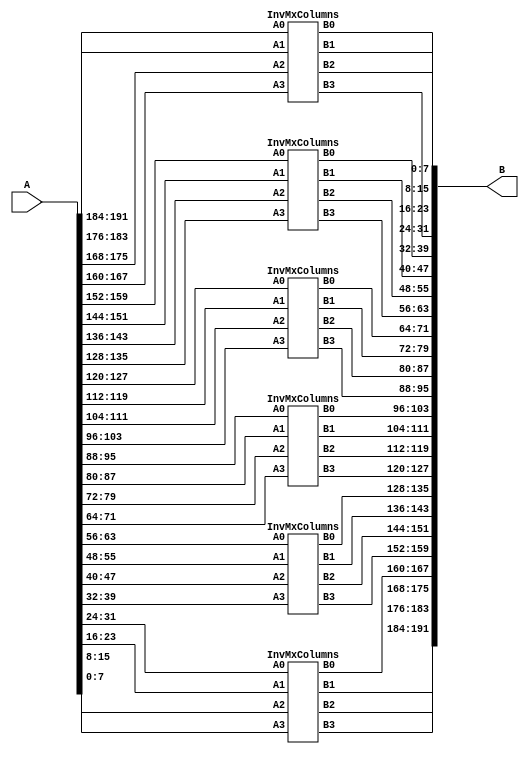
module InvMixColumns_192(A,B);

input [191:0]A;
output [191:0]B;
// Split the 192-bit input into six 32-bit segments
wire [31:0] input_wires[5:0];
assign input_wires[0] = A[191:160];
assign input_wires[1] = A[159:128];
assign input_wires[2] = A[127:96];
assign input_wires[3] = A[95:64];
assign input_wires[4] = A[63:32];
assign input_wires[5] = A[31:0];

// Outputs for each MixColumns instance
wire [31:0] output_wires[5:0];

// Instantiate the MixColumns module six times
InvMxColumns mix0(input_wires[0][31:24], input_wires[0][23:16], input_wires[0][15:8], input_wires[0][7:0],
                       output_wires[0][7:0], output_wires[0][15:8], output_wires[0][23:16], output_wires[0][31:24]);


InvMxColumns mix1(input_wires[1][31:24], input_wires[1][23:16], input_wires[1][15:8], input_wires[1][7:0],
                       output_wires[1][7:0], output_wires[1][15:8], output_wires[1][23:16], output_wires[1][31:24]);


InvMxColumns mix2(input_wires[2][31:24], input_wires[2][23:16], input_wires[2][15:8], input_wires[2][7:0],
                       output_wires[2][7:0], output_wires[2][15:8], output_wires[2][23:16], output_wires[2][31:24]);


InvMxColumns mix3(input_wires[3][31:24], input_wires[3][23:16], input_wires[3][15:8], input_wires[3][7:0],
                       output_wires[3][7:0], output_wires[3][15:8], output_wires[3][23:16], output_wires[3][31:24]);


InvMxColumns mix4(input_wires[4][31:24], input_wires[4][23:16], input_wires[4][15:8], input_wires[4][7:0],
                       output_wires[4][7:0], output_wires[4][15:8], output_wires[4][23:16], output_wires[4][31:24]);

InvMxColumns mix5(input_wires[5][31:24], input_wires[5][23:16], input_wires[5][15:8], input_wires[5][7:0],
                       output_wires[5][7:0], output_wires[5][15:8], output_wires[5][23:16], output_wires[5][31:24]);
							  
							  
// Combine the 32-bit segments into the 192-bit output
assign B[191:160] = output_wires[5];
assign B[159:128] = output_wires[4];
assign B[127:96] = output_wires[3];
assign B[95:64] = output_wires[2];
assign B[63:32] = output_wires[1];
assign B[31:0] = output_wires[0];

endmodule


module InvMxColumns (A0,A1,A2,A3,B0,B1,B2,B3);

input [7:0]A0;
input [7:0]A1;
input [7:0]A2;
input [7:0]A3;

output [7:0]B0;
output [7:0]B1;
output [7:0]B2;
output [7:0]B3;
  
  function [7:0] xtime(input [7:0] A,input integer n);
integer i;
begin
for(i = 0;i < n;i =i + 1)
	begin
		A = (A << 1) ^ (((A >> 7) & 1) * 8'h1b);
	end
	xtime = A;
end 
endfunction

function [7:0] xtime0e(input [7:0] A);
begin
	xtime0e = xtime(A,3) ^ xtime(A,2) ^ xtime(A,1);
end 
endfunction
function [7:0] xtime0b(input [7:0] A);
begin
	xtime0b = xtime(A,3) ^ xtime(A,1) ^ A;
end 
endfunction
function [7:0] xtime0d(input [7:0] A);
begin
	xtime0d = xtime(A,3) ^ xtime(A,2) ^ A;
end 
endfunction
function [7:0] xtime09(input [7:0] A);
begin
	xtime09 = xtime(A,3) ^ A;
end 
endfunction


assign B0 = xtime0e(A0) ^ xtime0b(A1) ^ xtime0d(A2) ^ xtime09(A3);
assign B1 = xtime09(A0) ^ xtime0e(A1) ^ xtime0b(A2) ^ xtime0d(A3);
assign B2 = xtime0d(A0) ^ xtime09(A1) ^ xtime0e(A2) ^ xtime0b(A3);
assign B3 = xtime0b(A0) ^ xtime0d(A1) ^ xtime09(A2) ^ xtime0e(A3);


endmodule